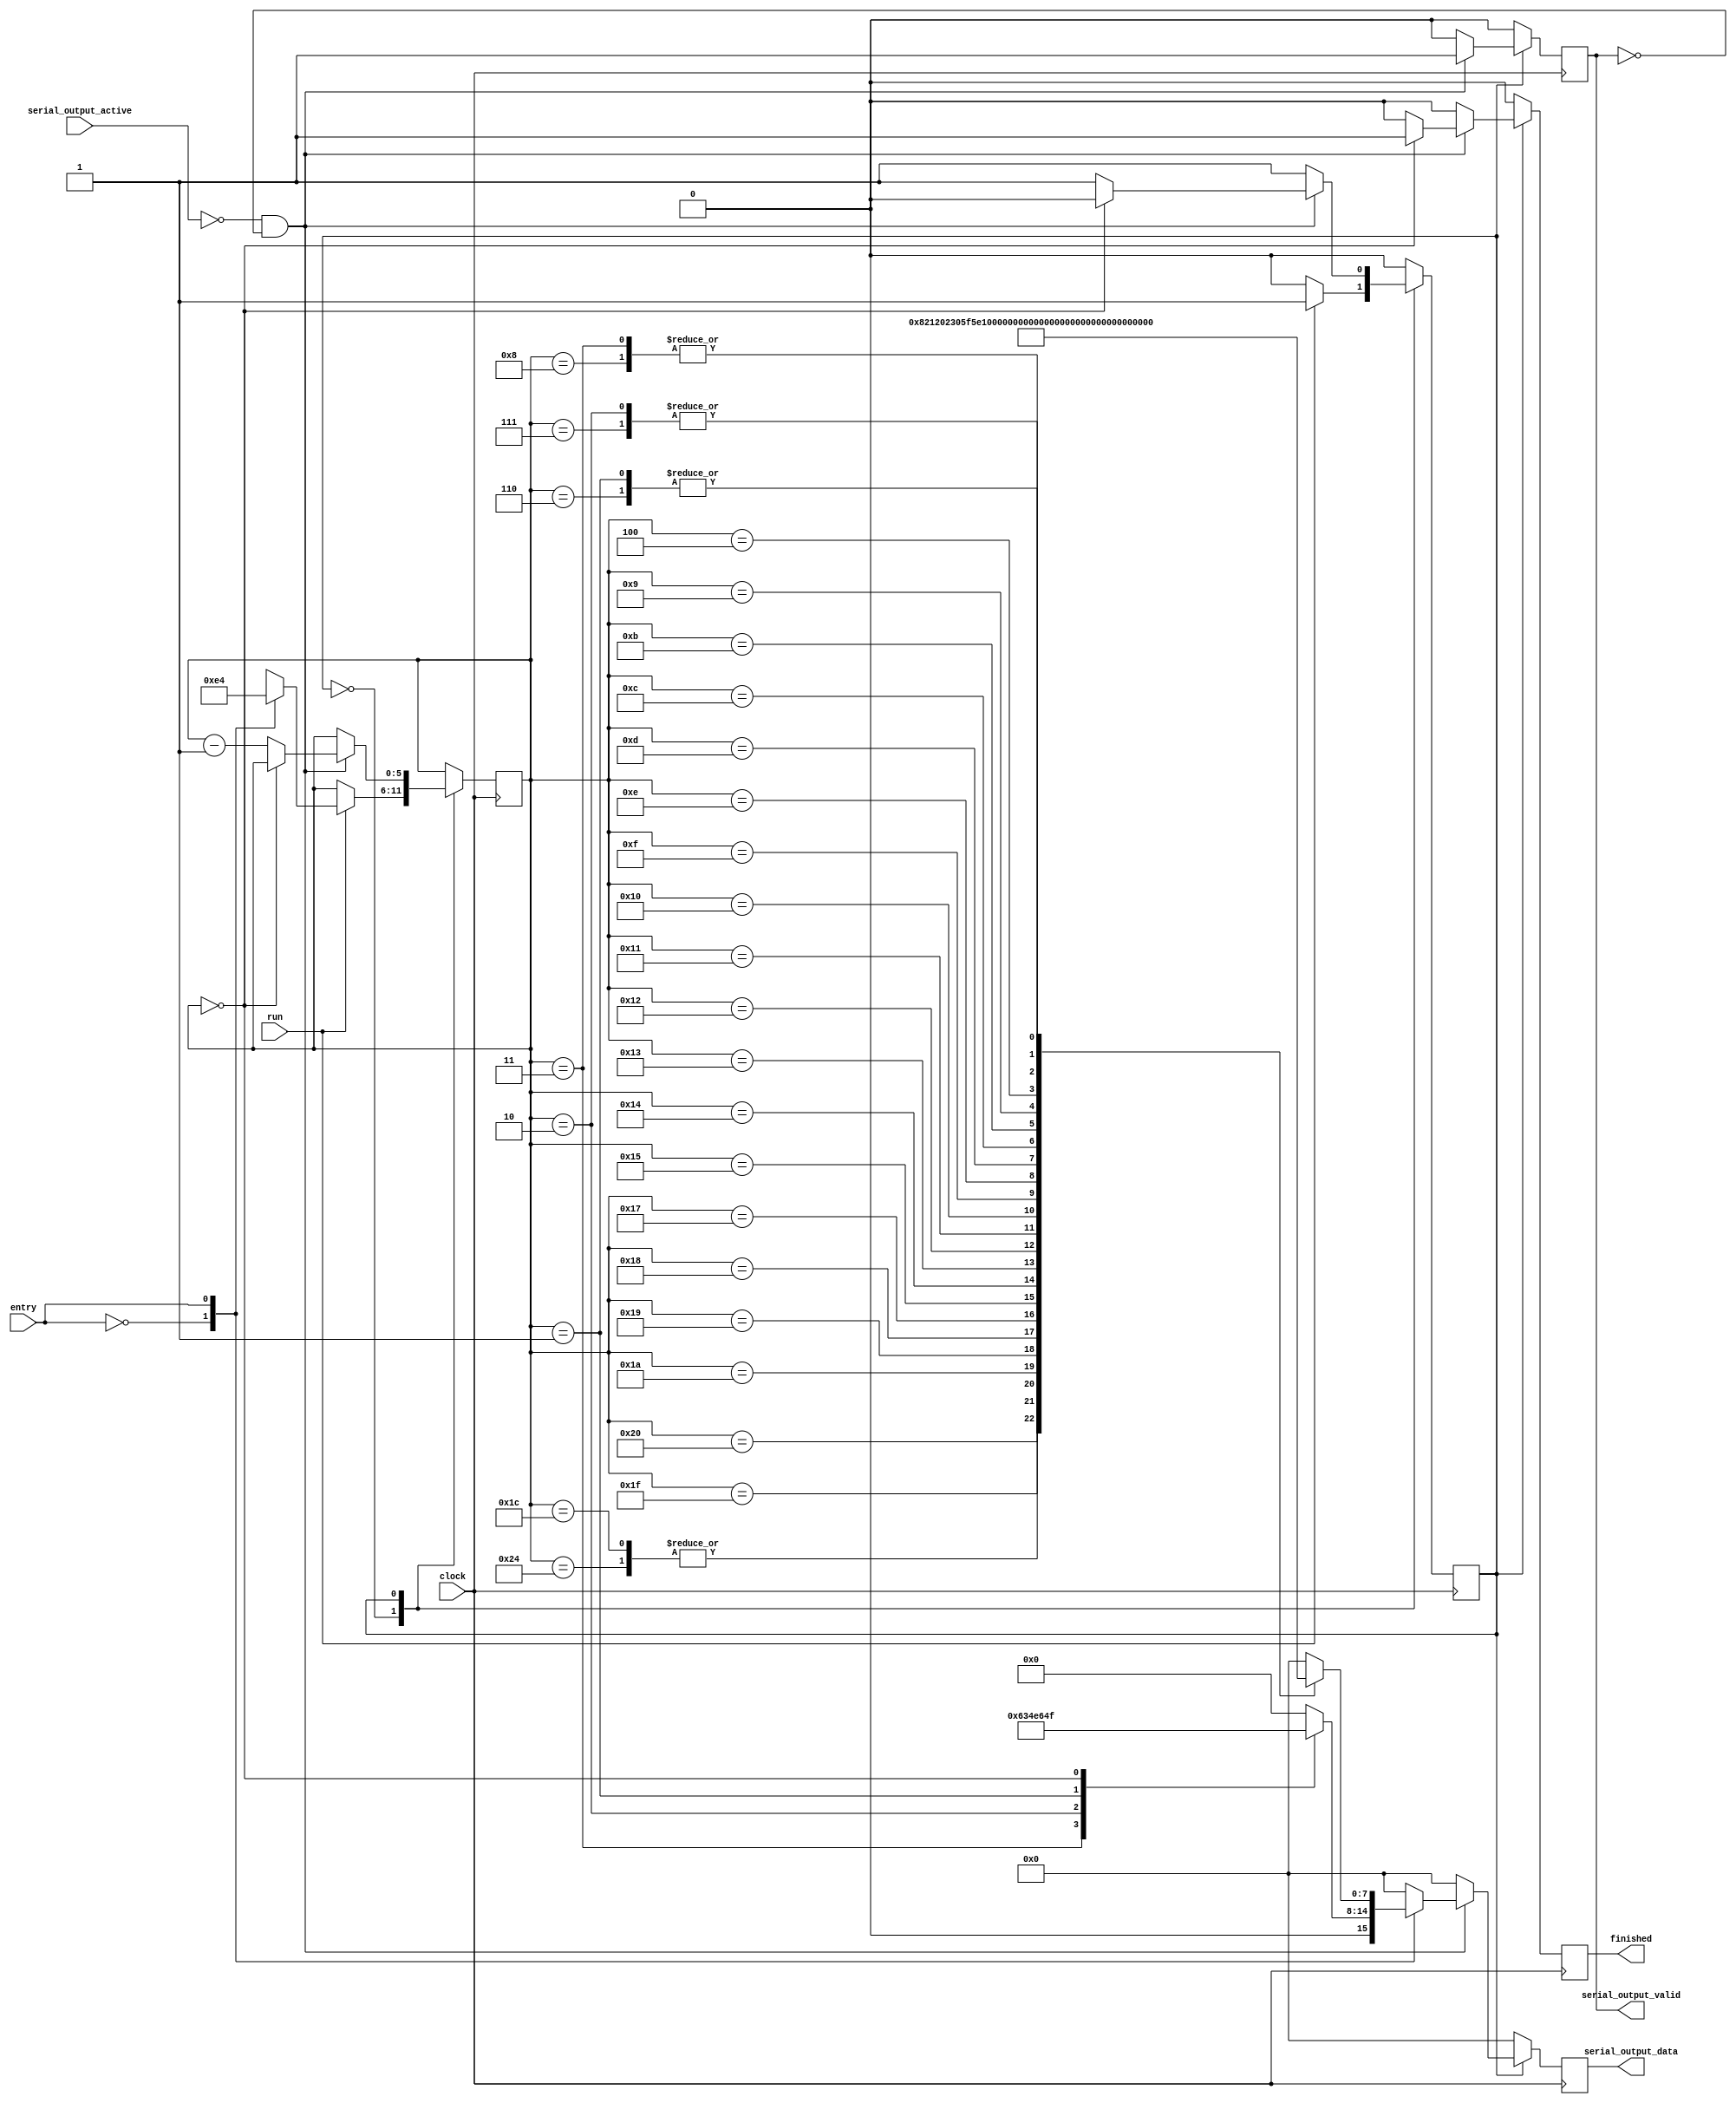
module MetadataTransmitter(
	input wire clock,

	// Assert to run.
	input wire run,

	// Which metadata entry to send. 0 = id, 1 = metadata.
	input wire entry,

	// Sending data via serial.
	input wire serial_output_active,
	output reg serial_output_valid,
	output reg[7:0] serial_output_data,

	// Asserted when finished.
	output reg finished = 0
);

	// Current state.
	parameter STATE_IDLE = 0;
	parameter STATE_SENDING_DATA = 1;

	parameter ENTRY_ID = 0;
	parameter ENTRY_METADATA = 1;

	reg state = STATE_IDLE;

	reg[5:0] remaining = 0;

	// Metadata (See Protocol.md)
	//
	// Start with 32-bit integers: (1 << 5) | N:
	//
	// Channels: 0x20 0x00000008
	// Sample memory in bytes (512*16): 0x21 0x00002000
	// Max sample rate in Hertz: 100 MHz (actually 100.5 MHz): 0x23 0x05F5E100
	// Device name: 0x01 4379626572737175696400
	// Firmware version: 0x02 302e3100
	// Ancillary version: 0x03 302e3100
	//
	// Altogether now:
	//
	// 200000000821000020002305F5E10001437962657273717569640002302e310003302e3100

	always @(posedge clock) begin
		serial_output_valid <= 0;
		serial_output_data <= 0;
		finished <= 0;

		case (state)
			STATE_IDLE: begin
				if (run) begin
					state <= STATE_SENDING_DATA;
					case (entry)
						ENTRY_ID: remaining <= 3;
						ENTRY_METADATA: remaining <= 100;
					endcase
				end
			end
			STATE_SENDING_DATA: begin
				if (serial_output_active == 0 && serial_output_valid == 0) begin
					// Output the data.
					serial_output_valid <= 1;
					case (entry)
						ENTRY_ID: case (remaining)
							3: serial_output_data <= 8'h31;
							2: serial_output_data <= 8'h53;
							1: serial_output_data <= 8'h4c;
							0: serial_output_data <= 8'h4f;
						endcase
						ENTRY_METADATA: case (remaining)
							36: serial_output_data <= 8'h20;
							35: serial_output_data <= 8'h00;
							34: serial_output_data <= 8'h00;
							33: serial_output_data <= 8'h00;
							32: serial_output_data <= 8'h08;
							31: serial_output_data <= 8'h21;
							30: serial_output_data <= 8'h00;
							29: serial_output_data <= 8'h00;
							28: serial_output_data <= 8'h20;
							27: serial_output_data <= 8'h00;
							26: serial_output_data <= 8'h23;
							25: serial_output_data <= 8'h05;
							24: serial_output_data <= 8'hF5;
							23: serial_output_data <= 8'hE1;
							22: serial_output_data <= 8'h00;
							21: serial_output_data <= 8'h01;
							20: serial_output_data <= 8'h43;
							19: serial_output_data <= 8'h79;
							18: serial_output_data <= 8'h62;
							17: serial_output_data <= 8'h65;
							16: serial_output_data <= 8'h72;
							15: serial_output_data <= 8'h73;
							14: serial_output_data <= 8'h71;
							13: serial_output_data <= 8'h75;
							12: serial_output_data <= 8'h69;
							11: serial_output_data <= 8'h64;
							10: serial_output_data <= 8'h00;
							9: serial_output_data <= 8'h02;
							8: serial_output_data <= 8'h30;
							7: serial_output_data <= 8'h2e;
							6: serial_output_data <= 8'h31;
							5: serial_output_data <= 8'h00;
							4: serial_output_data <= 8'h03;
							3: serial_output_data <= 8'h30;
							2: serial_output_data <= 8'h2e;
							1: serial_output_data <= 8'h31;
							0: serial_output_data <= 8'h00;
						endcase
					endcase

					if (remaining == 0) begin
						finished <= 1;
						state <= STATE_IDLE;
					end else
						remaining <= remaining - 1;
				end
			end
		endcase
	end

endmodule